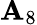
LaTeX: \mathbf{A}_{8}